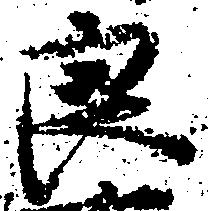
良